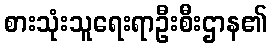
စားသုံးသူရေးရာဦးစီးဌာန၏